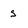
Character: s